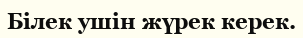
Білек ушін жүрек керек.